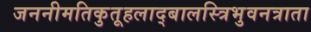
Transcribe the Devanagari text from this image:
जननीमतिकुतूहलाद्बालस्त्रिभुवनत्राता